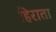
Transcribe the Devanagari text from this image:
हिराता